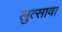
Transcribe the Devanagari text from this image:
लुत्सावा